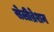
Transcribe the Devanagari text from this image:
सेलीब्रेशन